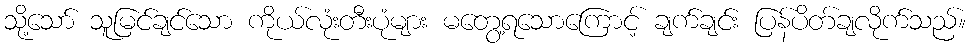
သို့သော် သူမြင်ချင်သော ကိုယ်လုံးတီးပုံများ မတွေ့ရသောကြောင့် ချက်ချင်း ပြန်ပိတ်ချလိုက်သည်။